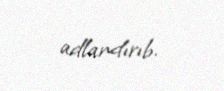
adlandırıb.